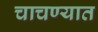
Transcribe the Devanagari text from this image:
चाचण्यात